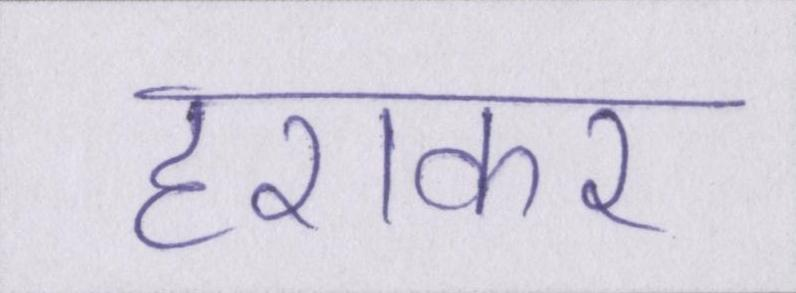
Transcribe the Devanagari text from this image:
हराकर